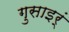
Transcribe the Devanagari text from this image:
गुसाइर्ं